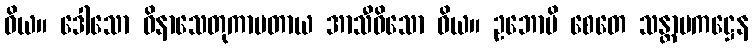
ဝိယ။ ဒေါသော ဝိနာသေတုကာမတာယ အာသီဝိသော ဝိယ။ ဥဘောပိ စေတေ သန္တာပကဋ္ဌေန